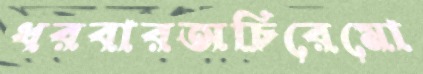
ধরবারঅচিরেমো